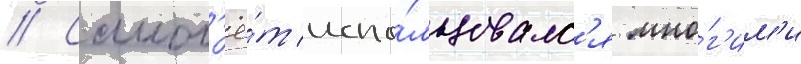
// Самол'ё́т испо́льзовалс'я мно́г'им'и